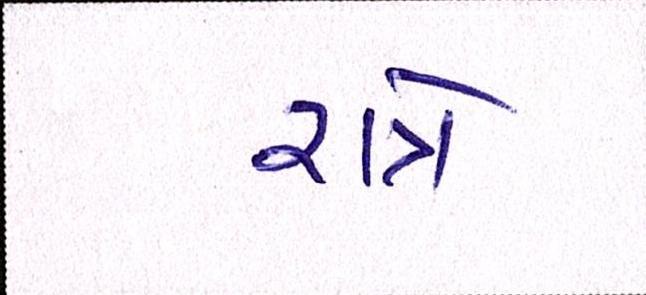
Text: રાત્રે